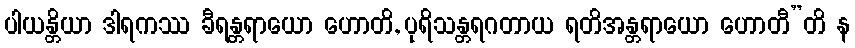
ပါယန္တိယာ ဒါရကဿ ခီရန္တရာယော ဟောတိ, ပုရိသန္တရဂတာယ ရတိအန္တရာယော ဟောတီ”တိ န